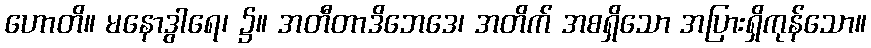
ဟောတိ။ မနောဒွါရေ၊ ၌။ အတီတာဒိဘေဒေ၊ အတိက် အစရှိသော အပြားရှိကုန်သော။